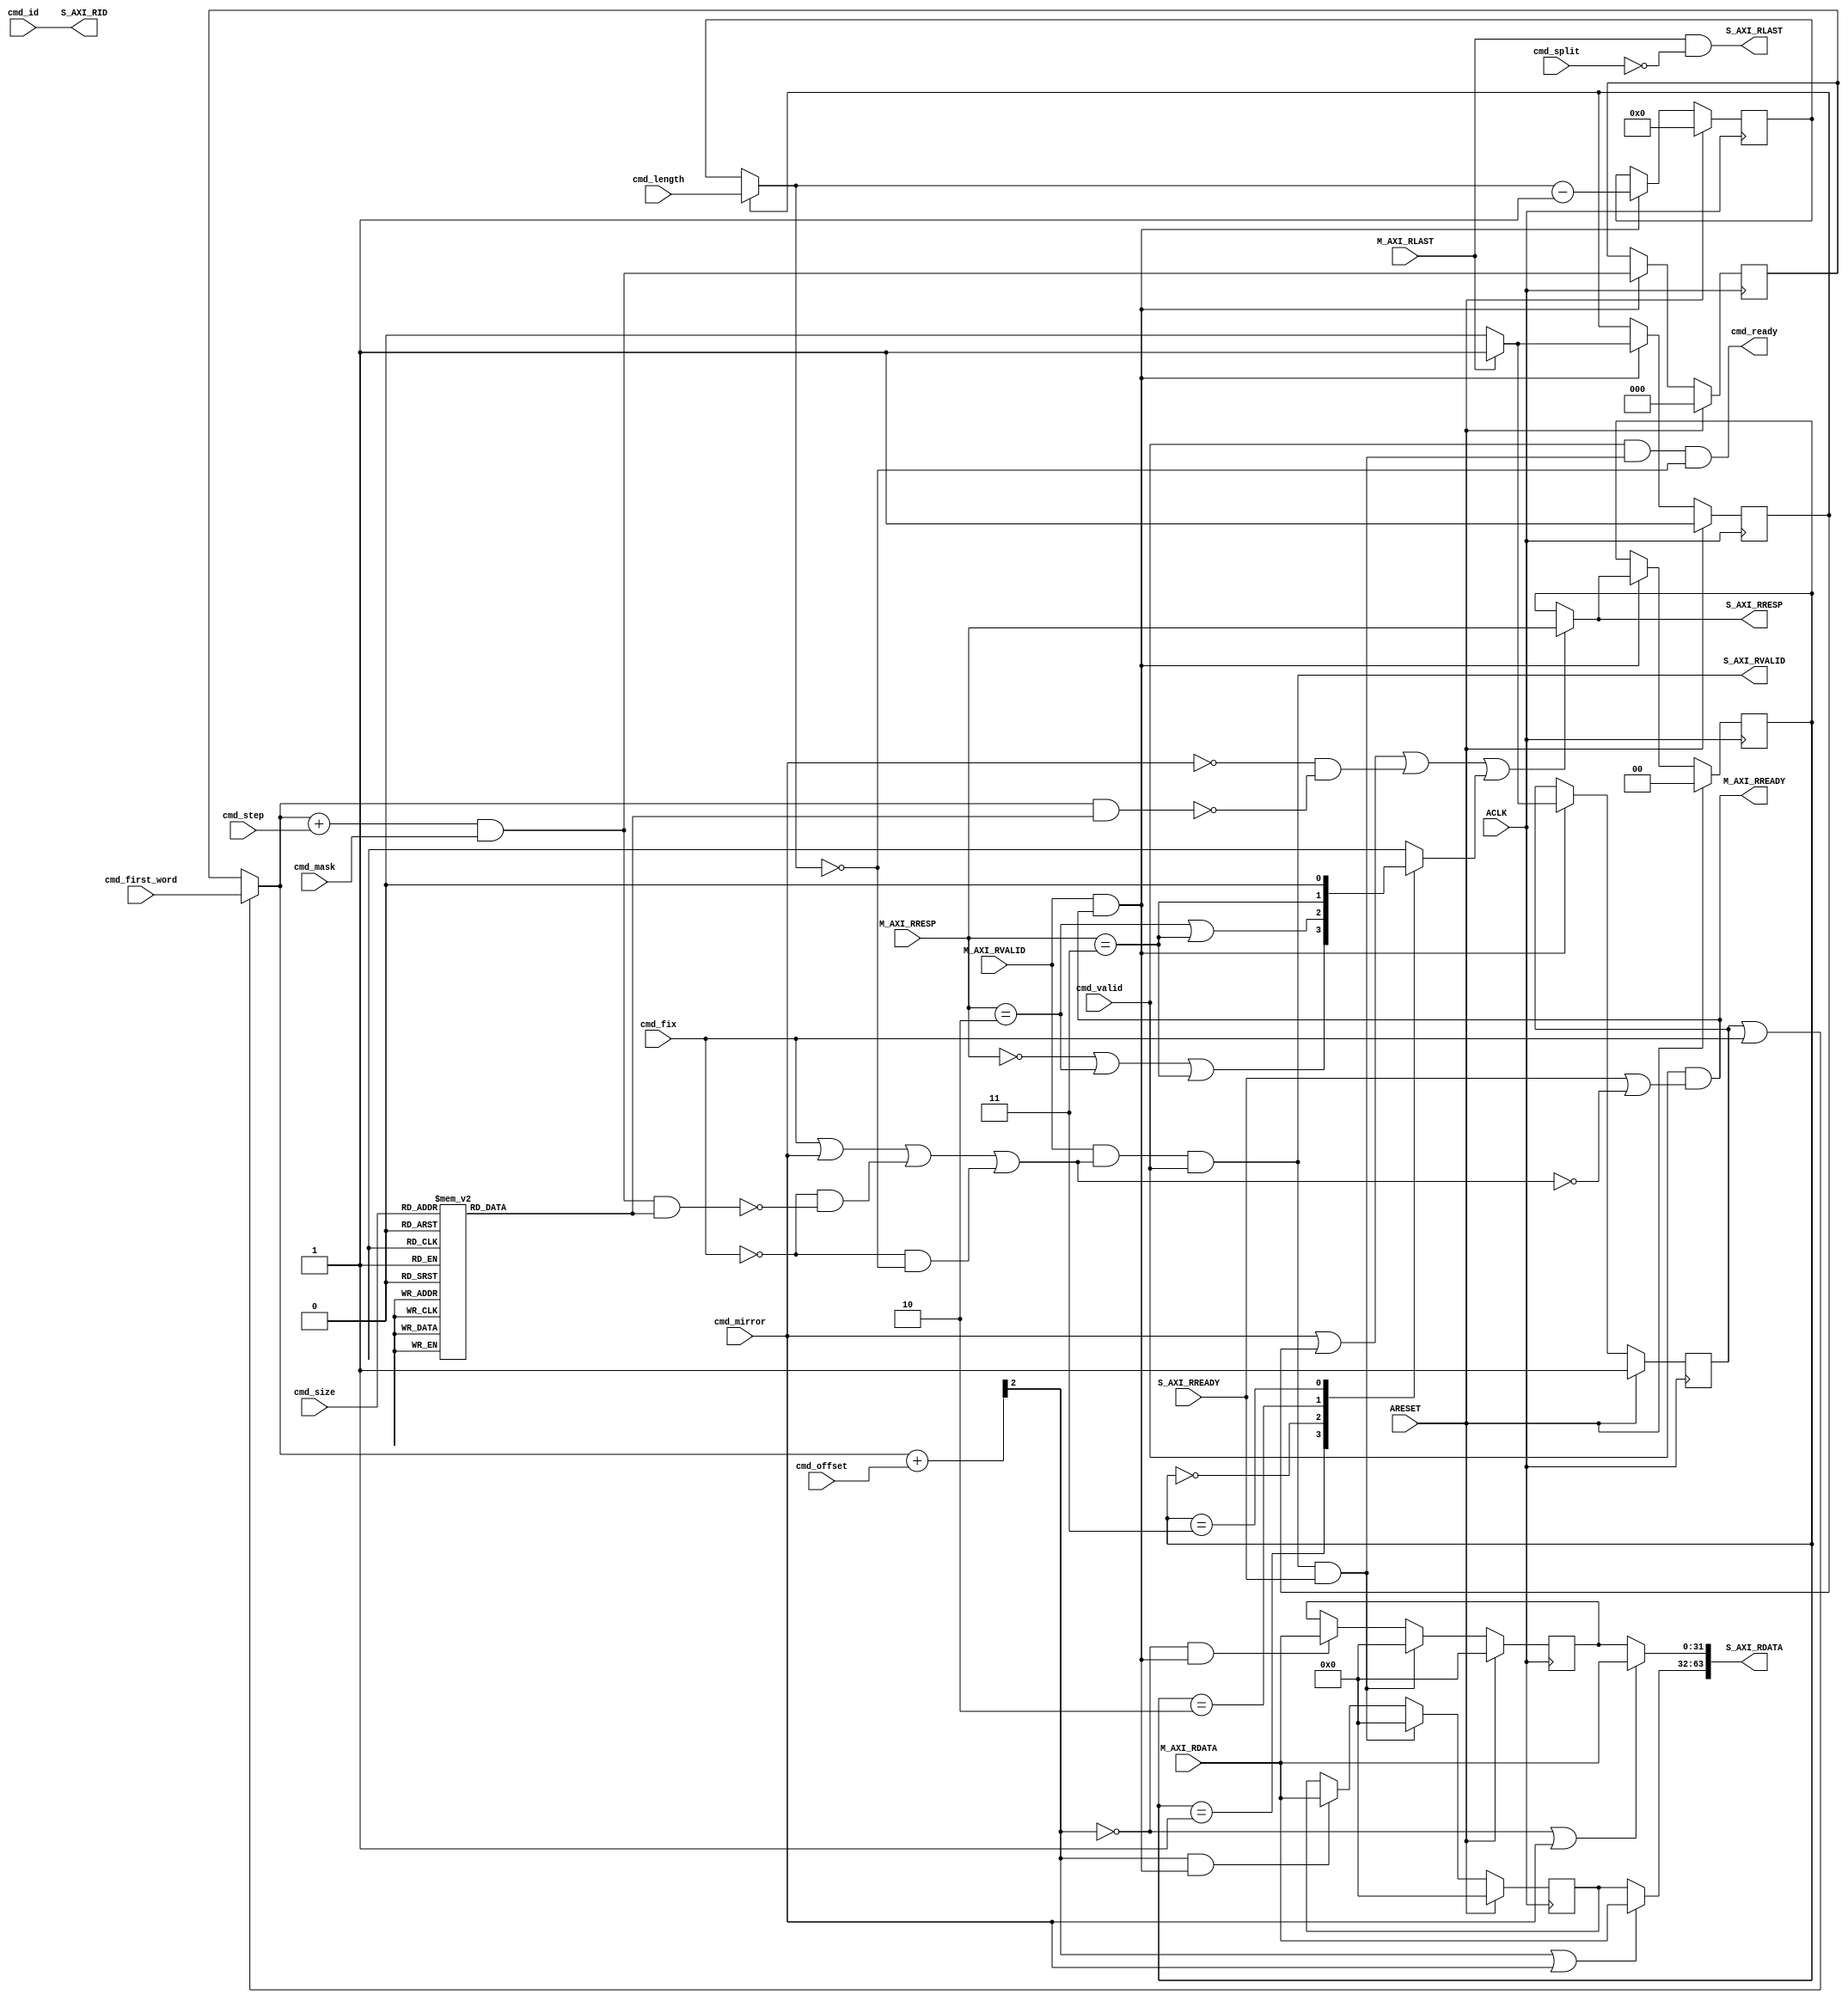
// -- (c) Copyright 2010 - 2011 Xilinx, Inc. All rights reserved.
// --
// -- This file contains confidential and proprietary information
// -- of Xilinx, Inc. and is protected under U.S. and 
// -- international copyright and other intellectual property
// -- laws.
// --
// -- DISCLAIMER
// -- This disclaimer is not a license and does not grant any
// -- rights to the materials distributed herewith. Except as
// -- otherwise provided in a valid license issued to you by
// -- Xilinx, and to the maximum extent permitted by applicable
// -- law: (1) THESE MATERIALS ARE MADE AVAILABLE "AS IS" AND
// -- WITH ALL FAULTS, AND XILINX HEREBY DISCLAIMS ALL WARRANTIES
// -- AND CONDITIONS, EXPRESS, IMPLIED, OR STATUTORY, INCLUDING
// -- BUT NOT LIMITED TO WARRANTIES OF MERCHANTABILITY, NON-
// -- INFRINGEMENT, OR FITNESS FOR ANY PARTICULAR PURPOSE; and
// -- (2) Xilinx shall not be liable (whether in contract or tort,
// -- including negligence, or under any other theory of
// -- liability) for any loss or damage of any kind or nature
// -- related to, arising under or in connection with these
// -- materials, including for any direct, or any indirect,
// -- special, incidental, or consequential loss or damage
// -- (including loss of data, profits, goodwill, or any type of
// -- loss or damage suffered as a result of any action brought
// -- by a third party) even if such damage or loss was
// -- reasonably foreseeable or Xilinx had been advised of the
// -- possibility of the same.
// --
// -- CRITICAL APPLICATIONS
// -- Xilinx products are not designed or intended to be fail-
// -- safe, or for use in any application requiring fail-safe
// -- performance, such as life-support or safety devices or
// -- systems, Class III medical devices, nuclear facilities,
// -- applications related to the deployment of airbags, or any
// -- other applications that could lead to death, personal
// -- injury, or severe property or environmental damage
// -- (individually and collectively, "Critical
// -- Applications"). Customer assumes the sole risk and
// -- liability of any use of Xilinx products in Critical
// -- Applications, subject only to applicable laws and
// -- regulations governing limitations on product liability.
// --
// -- THIS COPYRIGHT NOTICE AND DISCLAIMER MUST BE RETAINED AS
// -- PART OF THIS FILE AT ALL TIMES.
//-----------------------------------------------------------------------------
//
// Description: Read Data Response Down-Sizer
// 
// 
// Verilog-standard:  Verilog 2001
//--------------------------------------------------------------------------
//
// Structure:
//   r_downsizer
//
//--------------------------------------------------------------------------
`timescale 1ps/1ps

(* DowngradeIPIdentifiedWarnings="yes" *) 
module axi_dwidth_converter_v2_1_7_r_downsizer #
  (
   parameter         C_FAMILY                         = "none", 
                       // FPGA Family. Current version: virtex6 or spartan6.
   parameter integer C_AXI_ID_WIDTH                   = 1, 
                       // Width of all ID signals on SI and MI side of converter.
                       // Range: >= 1.
   parameter integer C_S_AXI_DATA_WIDTH               = 64,
                       // Width of s_axi_wdata and s_axi_rdata.
                       // Range: 64, 128, 256, 512, 1024.
   parameter integer C_M_AXI_DATA_WIDTH               = 32,
                       // Width of m_axi_wdata and m_axi_rdata. 
                       // Assume always smaller than C_S_AXI_DATA_WIDTH.
                       // Range: 32, 64, 128, 256, 512.
                       // S_DATA_WIDTH = M_DATA_WIDTH not allowed.
   parameter integer C_S_AXI_BYTES_LOG                = 3,
                       // Log2 of number of 32bit word on SI-side.
   parameter integer C_M_AXI_BYTES_LOG                = 2,
                       // Log2 of number of 32bit word on MI-side.
   parameter integer C_RATIO_LOG                      = 1
                       // Log2 of Up-Sizing ratio for data.
   )
  (
   // Global Signals
   input  wire                                                    ARESET,
   input  wire                                                    ACLK,

   // Command Interface
   input  wire                              cmd_valid,
   input  wire                              cmd_split,
   input  wire                              cmd_mirror,
   input  wire                              cmd_fix,
   input  wire [C_S_AXI_BYTES_LOG-1:0]      cmd_first_word, 
   input  wire [C_S_AXI_BYTES_LOG-1:0]      cmd_offset,
   input  wire [C_S_AXI_BYTES_LOG-1:0]      cmd_mask,
   input  wire [C_M_AXI_BYTES_LOG:0]        cmd_step,
   input  wire [3-1:0]                      cmd_size,
   input  wire [8-1:0]                      cmd_length,
   output wire                              cmd_ready,
   input  wire [C_AXI_ID_WIDTH-1:0]         cmd_id,
   
   // Slave Interface Read Data Ports
   output wire [C_AXI_ID_WIDTH-1:0]           S_AXI_RID,
   output wire [C_S_AXI_DATA_WIDTH-1:0]     S_AXI_RDATA,
   output wire [2-1:0]                          S_AXI_RRESP,
   output wire                                                    S_AXI_RLAST,
   output wire                                                    S_AXI_RVALID,
   input  wire                                                    S_AXI_RREADY,

   // Master Interface Read Data Ports
   input  wire [C_M_AXI_DATA_WIDTH-1:0]    M_AXI_RDATA,
   input  wire [2-1:0]                         M_AXI_RRESP,
   input  wire                                                   M_AXI_RLAST,
   input  wire                                                   M_AXI_RVALID,
   output wire                                                   M_AXI_RREADY
   );

   
  /////////////////////////////////////////////////////////////////////////////
  // Variables for generating parameter controlled instances.
  /////////////////////////////////////////////////////////////////////////////
  
  // Generate variable for MI-side word lanes on SI-side.
  genvar word_cnt;
  
  
  /////////////////////////////////////////////////////////////////////////////
  // Local params
  /////////////////////////////////////////////////////////////////////////////
  
  // Constants for packing levels.
  localparam [2-1:0] C_RESP_OKAY        = 2'b00;
  localparam [2-1:0] C_RESP_EXOKAY      = 2'b01;
  localparam [2-1:0] C_RESP_SLVERROR    = 2'b10;
  localparam [2-1:0] C_RESP_DECERR      = 2'b11;
  
  // .
  localparam [24-1:0] C_DOUBLE_LEN       = 24'b0000_0000_0000_0000_1111_1111;
  
  
  /////////////////////////////////////////////////////////////////////////////
  // Functions
  /////////////////////////////////////////////////////////////////////////////
  
  
  /////////////////////////////////////////////////////////////////////////////
  // Internal signals
  /////////////////////////////////////////////////////////////////////////////
  
  // Sub-word handling.
  reg                             first_word;
  reg  [C_S_AXI_BYTES_LOG-1:0]    current_word_1;
  reg  [C_S_AXI_BYTES_LOG-1:0]    current_word;
  wire [C_S_AXI_BYTES_LOG-1:0]    current_word_adjusted;
  wire [C_RATIO_LOG-1:0]          current_index;
  wire                            last_beat;
  wire                            last_word;
  wire                            new_si_word;
  reg  [C_S_AXI_BYTES_LOG-1:0]    size_mask;
  
  // Sub-word handling for the next cycle.
  wire [C_S_AXI_BYTES_LOG-1:0]    next_word;
  
  // Burst length handling.
  reg                             first_mi_word;
  reg  [8-1:0]                    length_counter_1;
  reg  [8-1:0]                    length_counter;
  wire [8-1:0]                    next_length_counter;
  
  // Loading of new rresp data.
  wire                            load_rresp;
  reg                             need_to_update_rresp;
  reg  [2-1:0]                    S_AXI_RRESP_ACC;
  
  // Detect start of MI word.
  wire                            first_si_in_mi;
  wire                            first_mi_in_si;
  
  // Throttling help signals.
  wire                            word_completed;
  wire                            cmd_ready_i;
  wire                            pop_si_data;
  wire                            pop_mi_data;
  wire                            si_stalling;
  
  // Internal MI-side control signals.
  wire                            M_AXI_RREADY_I;
   
  // Internal SI-side control signals.
  reg  [C_S_AXI_DATA_WIDTH-1:0]   S_AXI_RDATA_II;
  
  // Internal signals for SI-side.
  wire [C_AXI_ID_WIDTH-1:0]       S_AXI_RID_I;
  reg  [C_S_AXI_DATA_WIDTH-1:0]   S_AXI_RDATA_I;
  reg  [2-1:0]                    S_AXI_RRESP_I;
  wire                            S_AXI_RLAST_I;
  wire                            S_AXI_RVALID_I;
  wire                            S_AXI_RREADY_I;
  
  
  /////////////////////////////////////////////////////////////////////////////
  // Handle interface handshaking:
  //
  // 
  /////////////////////////////////////////////////////////////////////////////
  
  // Generate address bits used for SI-side transaction size.
  always @ *
  begin
    case (cmd_size)
      3'b000: size_mask = C_DOUBLE_LEN[8 +: C_S_AXI_BYTES_LOG];
      3'b001: size_mask = C_DOUBLE_LEN[7 +: C_S_AXI_BYTES_LOG];
      3'b010: size_mask = C_DOUBLE_LEN[6 +: C_S_AXI_BYTES_LOG];
      3'b011: size_mask = C_DOUBLE_LEN[5 +: C_S_AXI_BYTES_LOG];
      3'b100: size_mask = C_DOUBLE_LEN[4 +: C_S_AXI_BYTES_LOG];
      3'b101: size_mask = C_DOUBLE_LEN[3 +: C_S_AXI_BYTES_LOG];
      3'b110: size_mask = C_DOUBLE_LEN[2 +: C_S_AXI_BYTES_LOG];
      3'b111: size_mask = C_DOUBLE_LEN[1 +: C_S_AXI_BYTES_LOG];  // Illegal setting.
    endcase
  end
  
  // Detect when MI-side word is completely assembled.
  assign word_completed = ( cmd_fix ) |
                          ( cmd_mirror ) |
                          ( ~cmd_fix & ( ( next_word & size_mask ) == {C_S_AXI_BYTES_LOG{1'b0}} ) ) | 
                          ( ~cmd_fix & last_word );
  
  // Pop word from SI-side.
  assign M_AXI_RREADY_I =  cmd_valid & (S_AXI_RREADY_I | ~word_completed);
  assign M_AXI_RREADY   = M_AXI_RREADY_I;
  
  // Indicate when there is data available @ SI-side.
  assign S_AXI_RVALID_I = M_AXI_RVALID & word_completed & cmd_valid;
  
  // Get MI-side data.
  assign pop_mi_data    = M_AXI_RVALID & M_AXI_RREADY_I;
  
  // Get SI-side data.
  assign pop_si_data    = S_AXI_RVALID_I & S_AXI_RREADY_I;
  
  // Signal that the command is done (so that it can be poped from command queue).
  assign cmd_ready_i    = cmd_valid & pop_si_data & last_word;
  assign cmd_ready      = cmd_ready_i;
  
  // Detect when MI-side is stalling.
  assign si_stalling    = S_AXI_RVALID_I & ~S_AXI_RREADY_I;
                          
  
  /////////////////////////////////////////////////////////////////////////////
  // 
  /////////////////////////////////////////////////////////////////////////////
  
  
  /////////////////////////////////////////////////////////////////////////////
  // Keep track of data extraction:
  // 
  // Current address is taken form the command buffer for the first data beat
  // to handle unaligned Read transactions. After this is the extraction 
  // address usually calculated from this point.
  // FIX transactions uses the same word address for all data beats. 
  // 
  // Next word address is generated as current word plus the current step 
  // size, with masking to facilitate sub-sized wraping. The Mask is all ones
  // for normal wraping, and less when sub-sized wraping is used.
  // 
  // The calculated word addresses (current and next) is offseted by the 
  // current Offset. For sub-sized transaction the Offset points to the least 
  // significant address of the included data beats. (The least significant 
  // word is not necessarily the first data to be extracted, consider WRAP).
  // Offset is only used for sub-sized WRAP transcation that are Complete.
  // 
  // First word is active during the first MI-side data beat.
  // 
  // First MI is set during the first MI-side data beat.
  //
  // The transaction length is taken from the command buffer combinatorialy
  // during the First MI cycle. For each generated MI word it is decreased 
  // until Last Beat is reached.
  // 
  // Last word is determined depending as the last MI-side word generated for 
  // the command (generated from the AW translation).
  // If burst aren't supported all MI-side words are concidered to be the last.
  //
  /////////////////////////////////////////////////////////////////////////////
  
  // Select if the offset comes from command queue directly or 
  // from a counter while when extracting multiple MI words per SI word
  always @ *
  begin
    if ( first_word | cmd_fix )
      current_word = cmd_first_word;
    else
      current_word = current_word_1;
  end
  
  // Calculate next word.
  assign next_word              = ( current_word + cmd_step ) & cmd_mask;
  
  // Calculate the word address with offset.
  assign current_word_adjusted  = current_word + cmd_offset;
  
  // Get the ratio bits (MI-side words vs SI-side words).
  assign current_index          = current_word_adjusted[C_S_AXI_BYTES_LOG-C_RATIO_LOG +: C_RATIO_LOG];
  
  // Prepare next word address.
  always @ (posedge ACLK) begin
    if (ARESET) begin
      first_word      <= 1'b1;
      current_word_1  <= 'b0;
    end else begin
      if ( pop_mi_data ) begin
        if ( M_AXI_RLAST ) begin
          // Prepare for next access.
          first_word <=  1'b1;
        end else begin
          first_word <=  1'b0;
        end
      
        current_word_1 <= next_word;
      end
    end
  end
  
  // Select command length or counted length.
  always @ *
  begin
    if ( first_mi_word )
      length_counter = cmd_length;
    else
      length_counter = length_counter_1;
  end
  
  // Calculate next length counter value.
  assign next_length_counter = length_counter - 1'b1;
  
  // Keep track of burst length.
  always @ (posedge ACLK) begin
    if (ARESET) begin
      first_mi_word    <= 1'b1;
      length_counter_1 <= 8'b0;
    end else begin
      if ( pop_mi_data ) begin
        if ( M_AXI_RLAST ) begin
          first_mi_word    <= 1'b1;
        end else begin
          first_mi_word    <= 1'b0;
        end
      
        length_counter_1 <= next_length_counter;
      end
    end
  end
  
  // Detect last beat in a burst.
  assign last_beat    = ( length_counter == 8'b0 );
  
  // Determine if this last word that shall be extracted from this SI-side word.
  assign last_word    = ( last_beat );
  
  // Detect new SI-side data word.
  assign new_si_word  = ( current_word == {C_S_AXI_BYTES_LOG{1'b0}} );
  
  
  /////////////////////////////////////////////////////////////////////////////
  // Simple AXI signal forwarding:
  // 
  // LAST has to be filtered to remove any intermediate LAST (due to split 
  // trasactions).
  // 
  /////////////////////////////////////////////////////////////////////////////
  
  assign S_AXI_RID_I    = cmd_id;
  
  // Handle last flag, i.e. set for SI-side last word.
  assign S_AXI_RLAST_I  = M_AXI_RLAST & ~cmd_split;
  
  
  /////////////////////////////////////////////////////////////////////////////
  // Handle the accumulation of RRESP.
  // 
  // The accumulated RRESP register is updated for each MI-side response that 
  // is used in an SI-side word, i.e. the worst status for all included data
  // so far.
  // 
  /////////////////////////////////////////////////////////////////////////////
  
  // Detect first SI-side word per MI-side word.
  assign first_si_in_mi = cmd_mirror | 
                          first_mi_word |
                          ( ~cmd_mirror & ( ( current_word & size_mask ) == {C_S_AXI_BYTES_LOG{1'b0}} ) );
  
  // Force load accumulated RRESPs to first value or continously for non split.
  assign load_rresp     = first_si_in_mi;
  
  // Update if more critical.
  always @ *
  begin
    case (S_AXI_RRESP_ACC)
      C_RESP_EXOKAY:    need_to_update_rresp = ( M_AXI_RRESP == C_RESP_OKAY     |
                                                 M_AXI_RRESP == C_RESP_SLVERROR |
                                                 M_AXI_RRESP == C_RESP_DECERR );
      C_RESP_OKAY:      need_to_update_rresp = ( M_AXI_RRESP == C_RESP_SLVERROR |
                                                 M_AXI_RRESP == C_RESP_DECERR );
      C_RESP_SLVERROR:  need_to_update_rresp = ( M_AXI_RRESP == C_RESP_DECERR );
      C_RESP_DECERR:    need_to_update_rresp = 1'b0;
    endcase
  end
  
  // Select accumultated or direct depending on setting.
  always @ *
  begin
    if ( load_rresp || need_to_update_rresp ) begin
      S_AXI_RRESP_I = M_AXI_RRESP;
    end else begin
      S_AXI_RRESP_I = S_AXI_RRESP_ACC;
    end
  end
  
  // Accumulate MI-side RRESP.
  always @ (posedge ACLK) begin
    if (ARESET) begin
      S_AXI_RRESP_ACC <= C_RESP_OKAY;
    end else begin
      if ( pop_mi_data ) begin
        S_AXI_RRESP_ACC <= S_AXI_RRESP_I;
      end
    end
  end
  
    /////////////////////////////////////////////////////////////////////////////
  // Demultiplex data to form complete data word.
  // 
  /////////////////////////////////////////////////////////////////////////////
  
  // Registers and combinatorial data MI-word size mux.
  generate
    for (word_cnt = 0; word_cnt < (2 ** C_RATIO_LOG) ; word_cnt = word_cnt + 1) begin : WORD_LANE
        
      // Generate extended write data and strobe.
      always @ (posedge ACLK) begin
        if (ARESET) begin
          S_AXI_RDATA_II[word_cnt*C_M_AXI_DATA_WIDTH   +: C_M_AXI_DATA_WIDTH]   <= {C_M_AXI_DATA_WIDTH{1'b0}};
        end else begin
          if ( pop_si_data ) begin
            S_AXI_RDATA_II[word_cnt*C_M_AXI_DATA_WIDTH   +: C_M_AXI_DATA_WIDTH]   <= {C_M_AXI_DATA_WIDTH{1'b0}};
          end else if ( current_index == word_cnt & pop_mi_data ) begin
            S_AXI_RDATA_II[word_cnt*C_M_AXI_DATA_WIDTH   +: C_M_AXI_DATA_WIDTH]   <= M_AXI_RDATA;
          end
        end
      end
      
      // Select packed or extended data.
      always @ *
      begin
        // Multiplex data.
        if ( ( current_index == word_cnt ) | cmd_mirror ) begin
          S_AXI_RDATA_I[word_cnt*C_M_AXI_DATA_WIDTH +: C_M_AXI_DATA_WIDTH] = M_AXI_RDATA;
        end else begin
          S_AXI_RDATA_I[word_cnt*C_M_AXI_DATA_WIDTH +: C_M_AXI_DATA_WIDTH] = 
                        S_AXI_RDATA_II[word_cnt*C_M_AXI_DATA_WIDTH +: C_M_AXI_DATA_WIDTH];
        end
      end
      
    end // end for word_cnt
  endgenerate
      
  
  /////////////////////////////////////////////////////////////////////////////
  // SI-side output handling
  /////////////////////////////////////////////////////////////////////////////
  assign S_AXI_RREADY_I = S_AXI_RREADY;
  assign S_AXI_RVALID   = S_AXI_RVALID_I;
  assign S_AXI_RID      = S_AXI_RID_I;
  assign S_AXI_RDATA    = S_AXI_RDATA_I;
  assign S_AXI_RRESP    = S_AXI_RRESP_I;
  assign S_AXI_RLAST    = S_AXI_RLAST_I;
  
  
endmodule